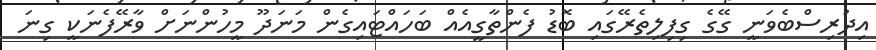
އިދުރިސްބެވަނީ ގޭގެ ގިފިލިތެރޭގައި ބޮޑު ފެންތާގީއެއް ބަހައްޓައިގެން މަނަދޫ މީހުންނަށް ވާރޭފެނަކީ ގިނަ